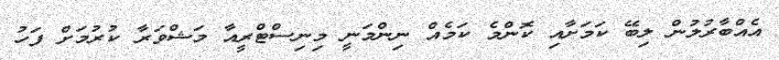
އެއްބާރުލުން ލިބޭ ކަމަށާއި ކޮންމެ ކަމެއް ނިންމަނީ މިިނިސްޓްރީއާ މަޝްވަރާ ކުރުމަށް ފަހު